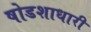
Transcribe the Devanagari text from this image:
षोडशाधारी